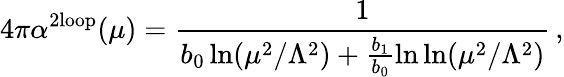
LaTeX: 4\pi\alpha^{\mathrm{2loop}}(\mu)=\frac{1}{b_{0}\ln(\mu^{2}/\Lambda^{2})+\frac{b_{1}}{b_{0}}\ln\ln(\mu^{2}/\Lambda^{2})}\, ,